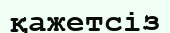
қажетсіз